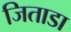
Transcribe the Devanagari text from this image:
जिताडा